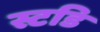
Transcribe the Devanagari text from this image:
स्टडि